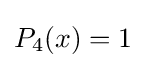
P_{4}(x)=1